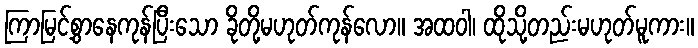
ကြာမြင့်စွာနေကုန်ပြီးသော ခိုတို့မဟုတ်ကုန်လော။ အထဝါ၊ ထိုသို့တည်းမဟုတ်မူကား။